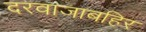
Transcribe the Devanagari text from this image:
दरवाजाबहिर